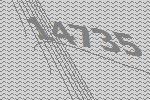
14735